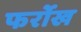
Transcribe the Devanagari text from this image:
फर्रोख